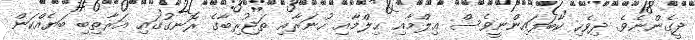
ދީގެންނެވެ. ދިވެހި ކާބަފައިންނީވެސް ޢިލްމާއި ޙިލްމާއި ހުނަރާއި ތަޖުރިބާގެ ރޮނގުގައި އަރާތިބި ބަޔެއްކަން